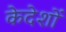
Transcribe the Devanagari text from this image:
केदेशों